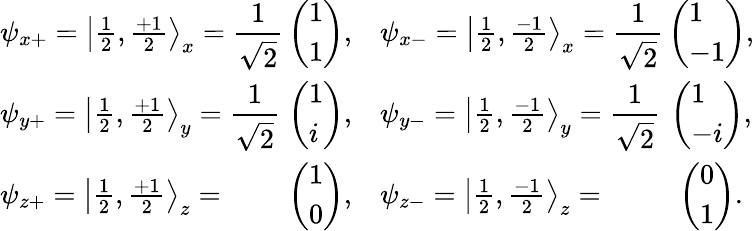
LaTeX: {\begin{array}{lclc}{\psi_{x+}=\left|{\frac{1}{2}},{\frac{+1}{2}}\right\rangle_{x}=\displaystyle{\frac{1}{\sqrt{2}}}\! \! \! \! \! }&{{\left(\begin{array}{l}{{1}}\\ {{1}}\end{array}\right)},}&{\psi_{x-}=\left|{\frac{1}{2}},{\frac{-1}{2}}\right\rangle_{x}=\displaystyle{\frac{1}{\sqrt{2}}}\! \! \! \! \! }&{{\left(\begin{array}{l}{{1}}\\ {{-1}}\end{array}\right)},}\\ {\psi_{y+}=\left|{\frac{1}{2}},{\frac{+1}{2}}\right\rangle_{y}=\displaystyle{\frac{1}{\sqrt{2}}}\! \! \! \! \! }&{{\left(\begin{array}{l}{{1}}\\ {{i}}\end{array}\right)},}&{\psi_{y-}=\left|{\frac{1}{2}},{\frac{-1}{2}}\right\rangle_{y}=\displaystyle{\frac{1}{\sqrt{2}}}\! \! \! \! \! }&{{\left(\begin{array}{l}{{1}}\\ {{-i}}\end{array}\right)},}\\ {\psi_{z+}=\left|{\frac{1}{2}},{\frac{+1}{2}}\right\rangle_{z}=}&{{\left(\begin{array}{l}{1}\\ {0}\end{array}\right)},}&{\psi_{z-}=\left|{\frac{1}{2}},{\frac{-1}{2}}\right\rangle_{z}=}&{{\left(\begin{array}{l}{0}\\ {1}\end{array}\right)}.}\end{array}}